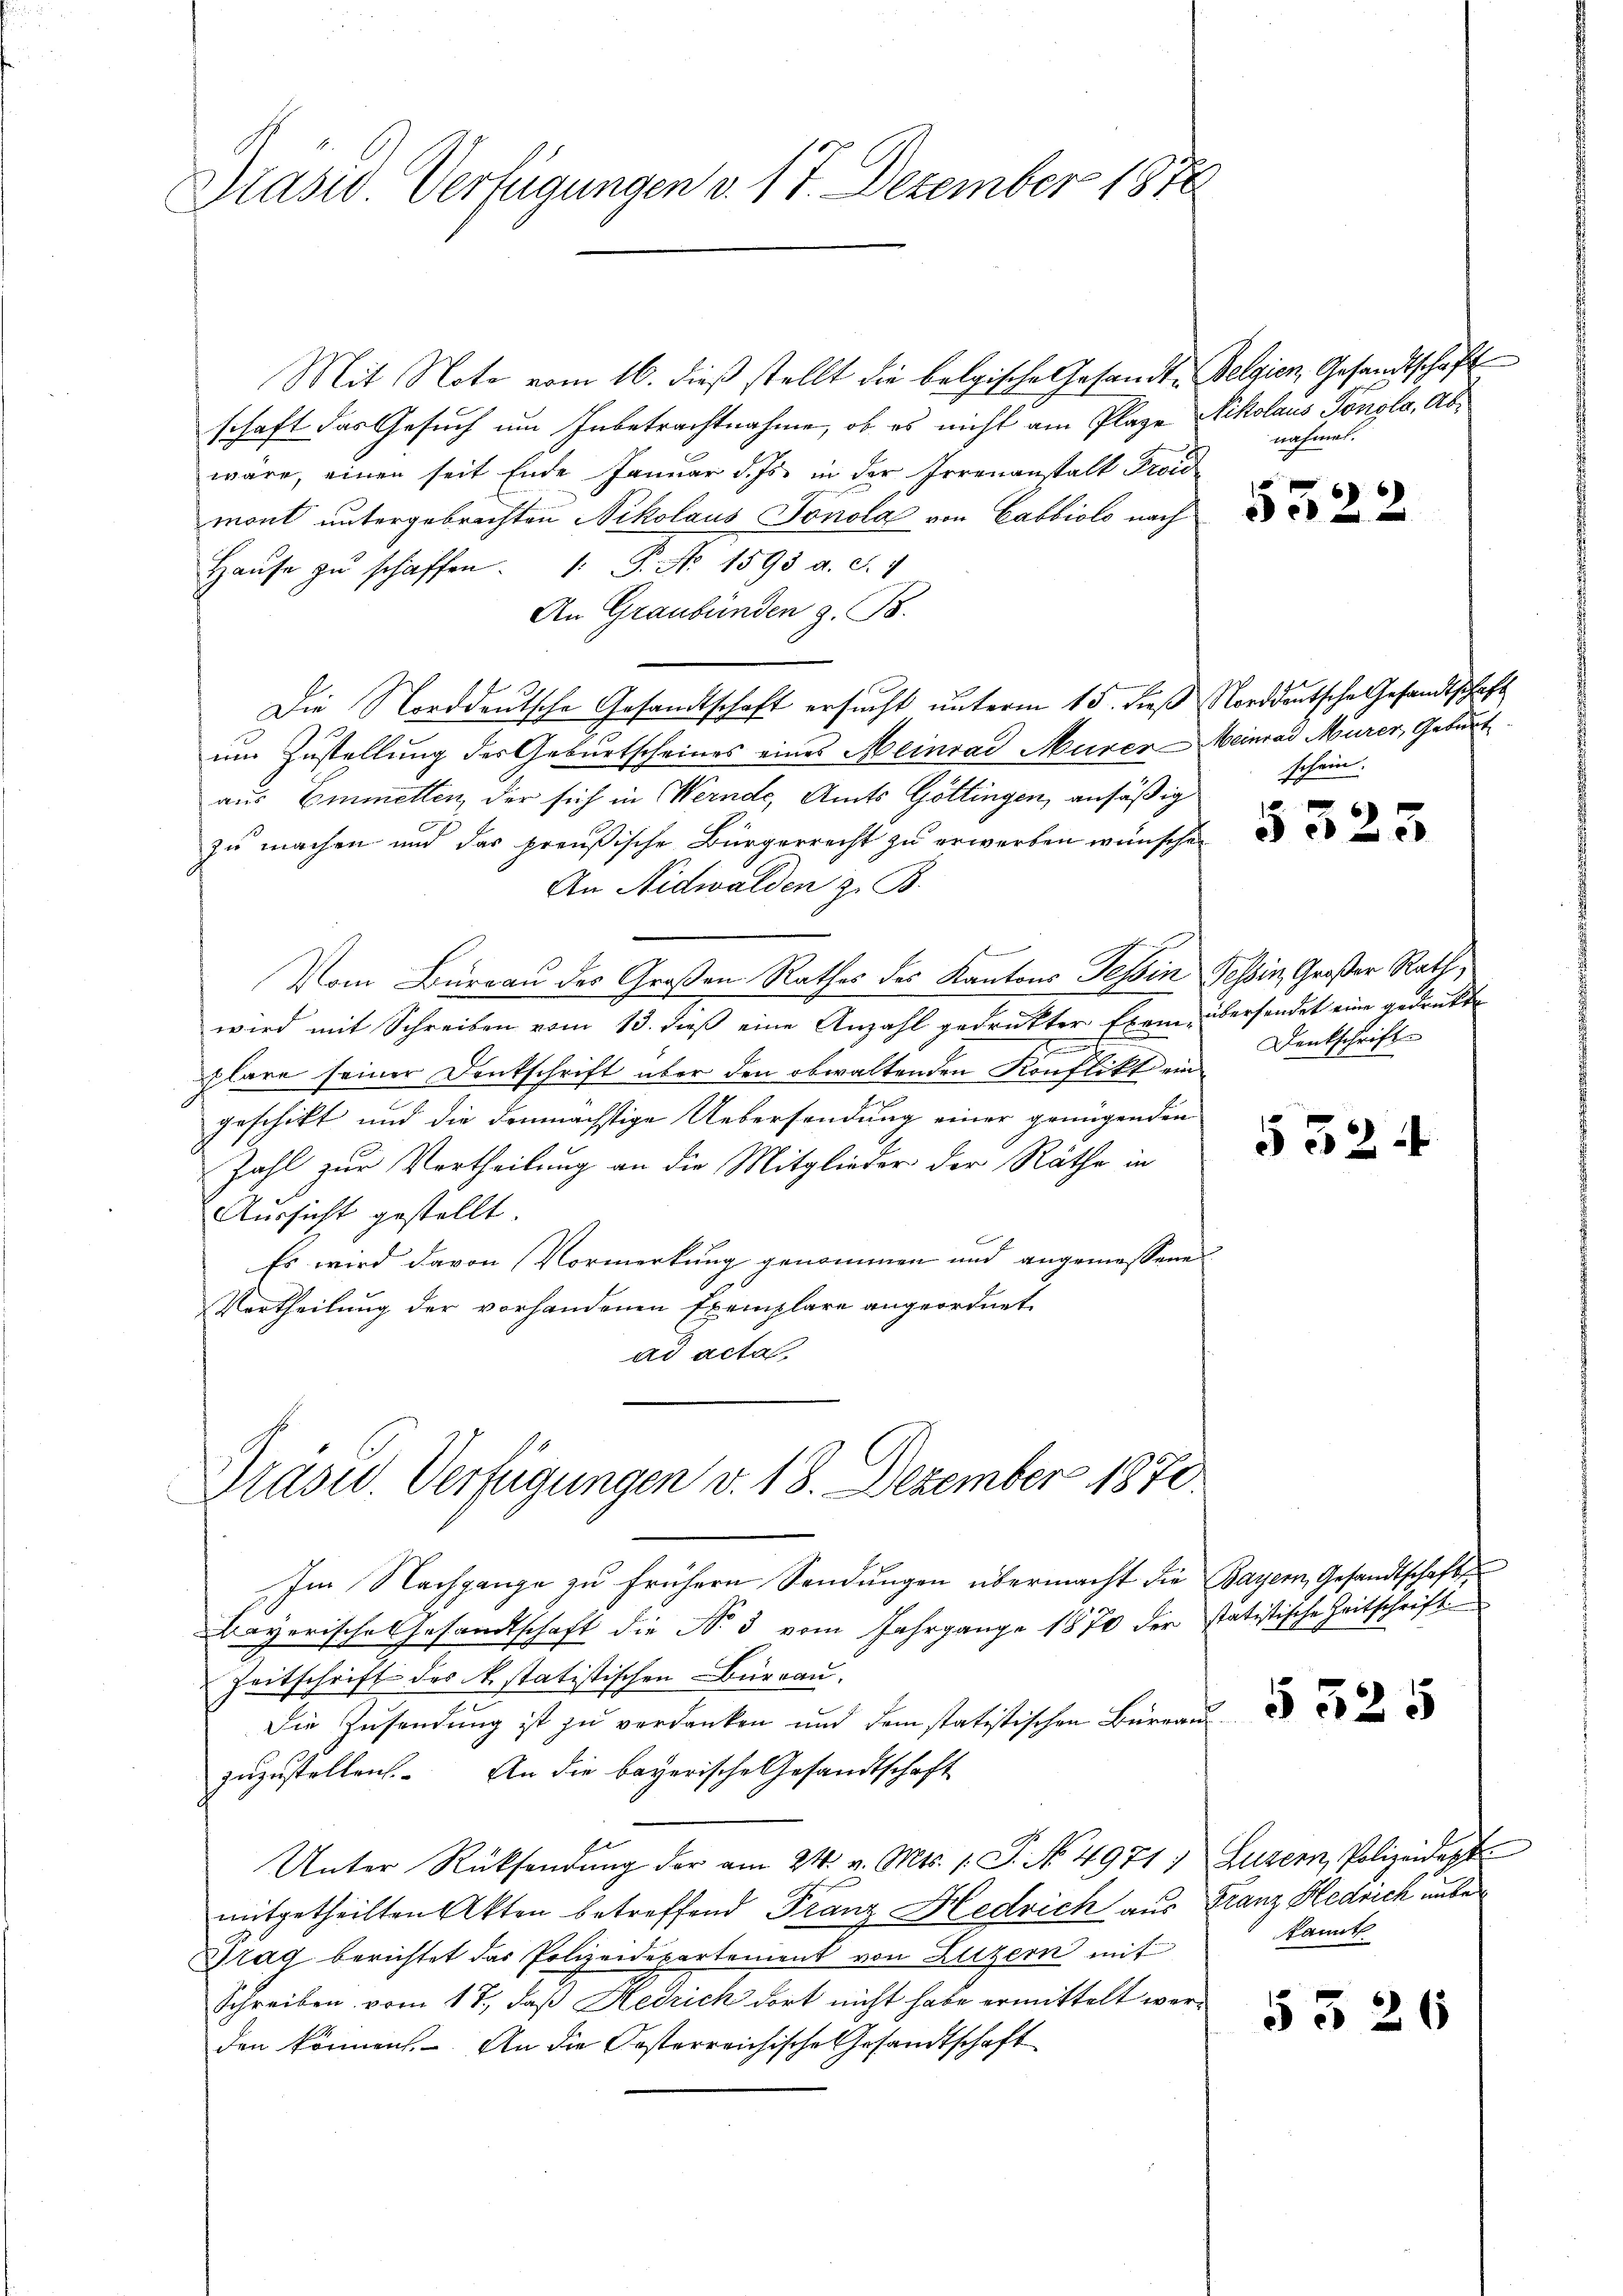
Präsid. Verfügungen v. 17. Dezember 1870

Mit Note vom 16. dieß stellt die belgische Gesandte Belgien, Gesandtschaft
schaft das Gesuch um Inbetrachtnahme, ob es nicht am Plage Nikolaus Tongla, Abwäre, einen seit Ende Januar d. Js. in der Irrenanstalt Troid
mont untergebrachten Nikolaus Jonola von Cabbiolo nach
Haŭse zŭ schaffen. 1. P. No 1595 a. c. 1
An Graubünden z. B.
Die Norddeutsche Gesandtschaft ersucht unterm 15. dieß Norddeutsche Gesandtschaft
um Zustellung des Geburtscheines eines Meinrad Murer-Meinrad Murer, Geburt
aus Emmelten, der sich in Wernde, Amts Göttingen, ansäßig
zu machen und das preußische Bürgerrecht zu erwerben wünsche
An Nidwalden z. B.
F
Vom Burgau des Großen Rathes des Kantons Tessin Tessin, Großer Rath,
wird mit Schreiben vom 13. dieß eine Anzahl gedruckter Exem übersendet eine gedruckte
t
plare seiner Denkschrift über den obwaltenden Konflikt eingeschickt und die demnächstige Uebersendung einer genügenden
Zahl zur Vertheilung an die Mitglieder der Räthe in
Aussicht gestellt
Es wird davon Vormerkung genommen und angemessene
Vertheilung der vorhandenen Exemplare angeordnet
ad acta

Drasid. Verfügungen v. 18. Dezember 1870.

Im Nachgange zu frühern Sendungen übermacht die Bayern, Gesandtschafts¬
Bayerische Gesandtschaft die No 3 vom Jahrgange 1870 der statistische Zeitschrift
Zeitschrift des k. statistischen Büreau.
Die Zusendung ist zu verdanken und dem statistischen Büreauszuzustellen. An die bayerische Gesandtschaft
Unter Rücksendŭng der am 24. v. Mts. s. S. No. 4971, Luzern, Polizeidapf
mitgetheilten Akten betreffend Franz Hedrich aus Franz Hedrich unber
Prag berichtet das Polizeidepartement von Luzern mit
Schreiben vom 17., daß Redrich dort nicht habe ermittelt werden können. An die Oesterreichische Gesandtschaft

nahmen.

5522

schein.

Denkschrift

552.

§ 525

f

kannt

5 § 26